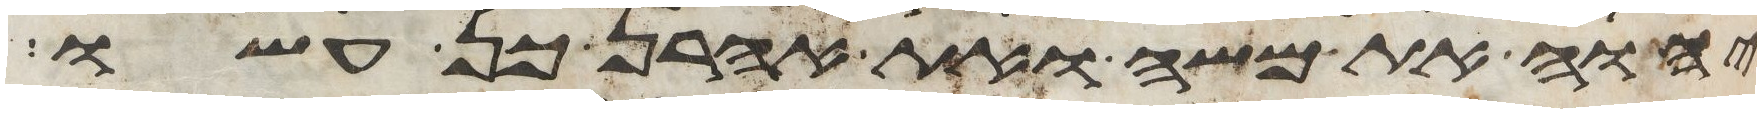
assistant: יהוה את משה ואת אהרן כן עשו